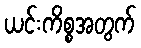
ယင်းကိစ္စအတွက်